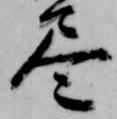
尽